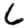
Digit: 6